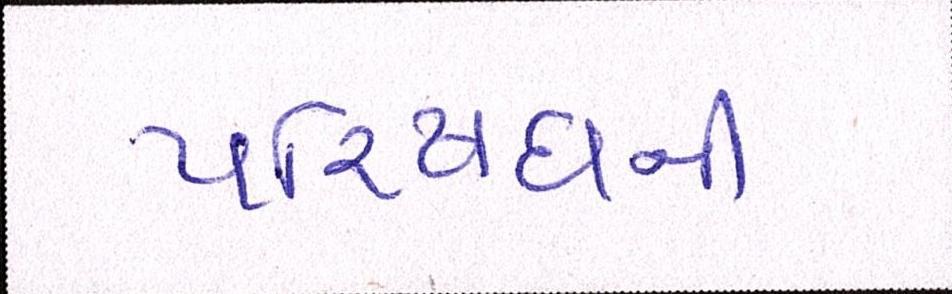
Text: પરિષધની